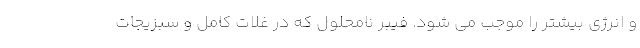
و انرژی بیشتر را موجب می شود. فیبر نامحلول که در غلات کامل و سبزیجات